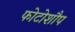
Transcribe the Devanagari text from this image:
फोटोशौप